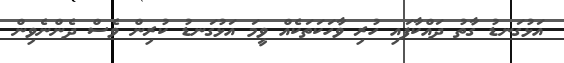
އަޅުގަނޑު ގާތު ދައްކާފައި ހުރި ވާހަކަތަކެއް ވީމަ އަޅުގަނޑު ކުރިން ވެސް ދެންނެވިން